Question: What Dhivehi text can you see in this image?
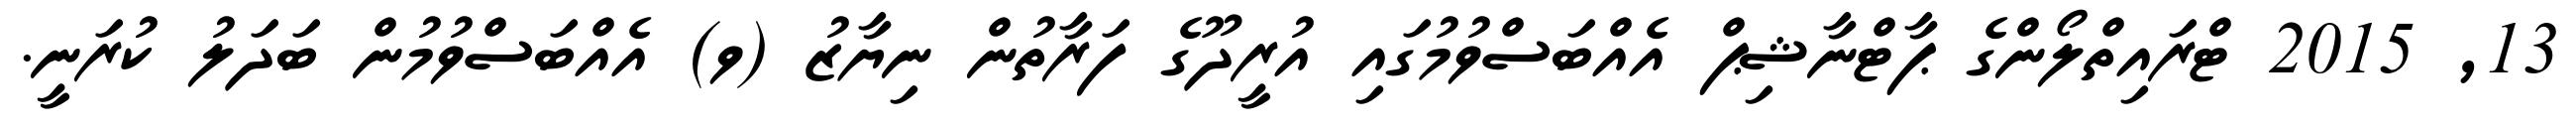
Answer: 13, 2015 ޓްރައިތްލޯންގެ ޕާޓްނާޝިޕް އެއްބަސްވުމުގައި އުރީދޫގެ ފަރާތުން ނިޔާޒު (ވ) އެއްބަސްވުމުން ބަދަލު ކުރަނީ.